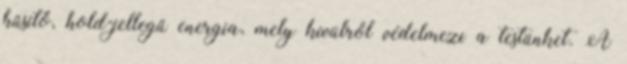
hűsítő, hold-jellegű energia, mely kívülről védelmezi a testünket. A